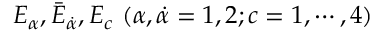
E _ { \alpha } , { \bar { E } } _ { \dot { \alpha } } , E _ { c } \ ( \alpha , \dot { \alpha } = 1 , 2 ; c = 1 , \cdots , 4 )